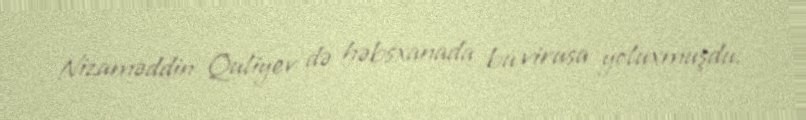
Nizaməddin Quliyev də həbsxanada bu virusa yoluxmuşdu.